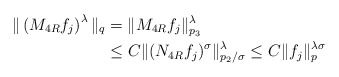
\begin{align*} \Vert \left(M_{4R}f_j\right)^\lambda \Vert_q &=\Vert M_{4R}f_j\Vert^{\lambda}_{p_3}\\ &\leq C\Vert(N_{4R}f_j)^\sigma \Vert^{\lambda}_{p_2/\sigma} \leq C\Vert f_j \Vert^{\lambda\sigma}_{p} \end{align*}